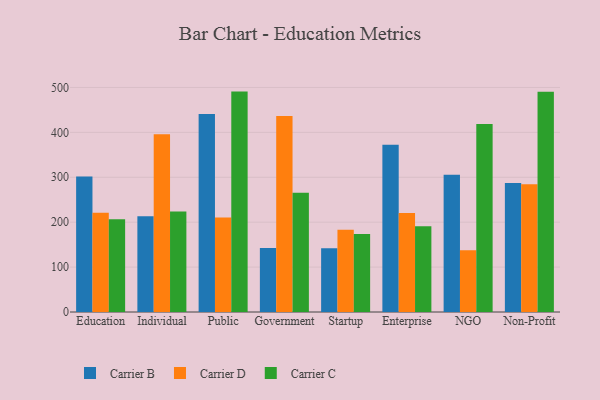
{"axis": {"x": "Segment", "y": "Latency (ms)"}, "legend": ["Carrier B", "Carrier C", "Carrier D"], "data": [{"x": "Education", "y": 301.8, "type": "Carrier B"}, {"x": "Education", "y": 221.2, "type": "Carrier D"}, {"x": "Education", "y": 206.3, "type": "Carrier C"}, {"x": "Individual", "y": 213.3, "type": "Carrier B"}, {"x": "Individual", "y": 395.7, "type": "Carrier D"}, {"x": "Individual", "y": 223.9, "type": "Carrier C"}, {"x": "Public", "y": 440.9, "type": "Carrier B"}, {"x": "Public", "y": 210.4, "type": "Carrier D"}, {"x": "Public", "y": 490.8, "type": "Carrier C"}, {"x": "Government", "y": 142.4, "type": "Carrier B"}, {"x": "Government", "y": 436.3, "type": "Carrier D"}, {"x": "Government", "y": 265.4, "type": "Carrier C"}, {"x": "Startup", "y": 141.7, "type": "Carrier B"}, {"x": "Startup", "y": 183.0, "type": "Carrier D"}, {"x": "Startup", "y": 173.9, "type": "Carrier C"}, {"x": "Enterprise", "y": 372.6, "type": "Carrier B"}, {"x": "Enterprise", "y": 220.2, "type": "Carrier D"}, {"x": "Enterprise", "y": 191.1, "type": "Carrier C"}, {"x": "NGO", "y": 305.6, "type": "Carrier B"}, {"x": "NGO", "y": 137.6, "type": "Carrier D"}, {"x": "NGO", "y": 418.6, "type": "Carrier C"}, {"x": "Non-Profit", "y": 287.1, "type": "Carrier B"}, {"x": "Non-Profit", "y": 284.6, "type": "Carrier D"}, {"x": "Non-Profit", "y": 490.4, "type": "Carrier C"}]}